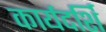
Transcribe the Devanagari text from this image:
कार्यदर्शि